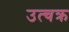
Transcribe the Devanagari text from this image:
उत्चक्र